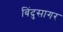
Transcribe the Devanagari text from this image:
बिंदुसागर